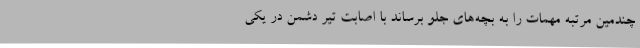
چندمین مرتبه مهمات را به بچه‌های جلو برساند با اصابت تیر دشمن در یکی